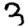
Digit: 3